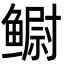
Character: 鳚